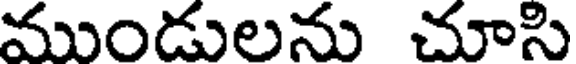
ముండులను చూసి